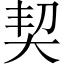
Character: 契